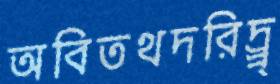
অবিতথদরিদ্র্র্র্